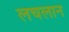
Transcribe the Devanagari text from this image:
लचलान